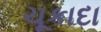
ચૂકાદા